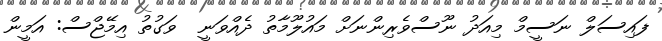
ފައިސަލް ނަސީމް މިއަދު ނޫސްވެރިންނަށް މައުލޫމާތު ދެއްވަނީ  ވަގުތު އިމޭޖްސް: އަމީން